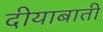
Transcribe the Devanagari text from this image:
दीयाबाती